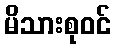
မိသားစုဝင်